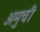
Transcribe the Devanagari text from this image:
अमुची